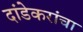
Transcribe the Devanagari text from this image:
दांडेकरांचा